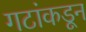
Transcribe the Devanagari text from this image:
गटांकडून